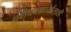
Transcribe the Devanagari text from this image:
प्रबोधनकार्यासाठी